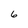
Character: 6